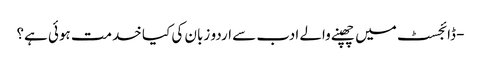
- ڈائجسٹ میں چھپنے والے ادب سے اردو زبان کی کیا خدمت ہوئی ہے؟